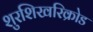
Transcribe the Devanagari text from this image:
शुरशिखरिक्रोड